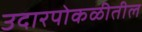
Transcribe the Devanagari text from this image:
उदारपोकळीतील